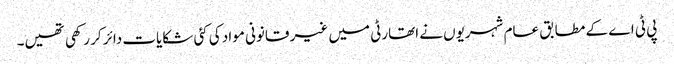
پی ٹی اے کے مطابق عام شہریوں نے اتھارٹی میں غیر قانونی مواد کی کئی شکایات دائر کر رکھی تھیں۔